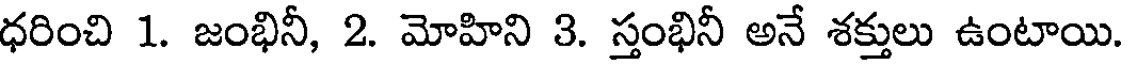
ధరించి 1. జంభినీ, 2. మోహిని 3. స్తంభినీ అనే శక్తులు ఉంటాయి.